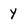
Character: y